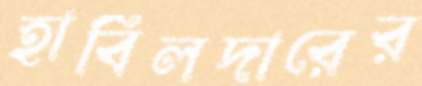
হাবিলদারের